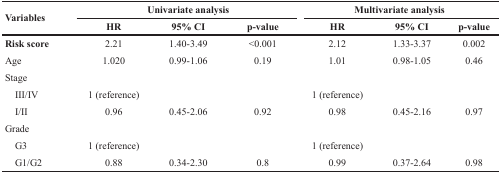
<table><thead><tr><td rowspan="2"><b>Variables</b></td><td colspan="3"><b>Univariate analysis</b></td><td colspan="3"><b>Multivariate analysis</b></td></tr><tr><td><b>HR</b></td><td><b>95% CI</b></td><td><b>p-value</b></td><td><b>HR</b></td><td><b>95% CI</b></td><td><b>p-value</b></td></tr></thead><tbody><tr><td><b>Risk score</b></td><td>2.21</td><td>1.40-3.49</td><td>&lt;0.001</td><td>2.12</td><td>1.33-3.37</td><td>0.002</td></tr><tr><td>Age</td><td>1.020</td><td>0.99-1.06</td><td>0.19</td><td>1.01</td><td>0.98-1.05</td><td>0.46</td></tr><tr><td>Stage</td><td></td><td></td><td></td><td></td><td></td><td></td></tr><tr><td> III/IV</td><td>1 (reference)</td><td></td><td></td><td>1 (reference)</td><td></td><td></td></tr><tr><td> I/II</td><td>0.96</td><td>0.45-2.06</td><td>0.92</td><td>0.98</td><td>0.45-2.16</td><td>0.97</td></tr><tr><td>Grade</td><td></td><td></td><td></td><td></td><td></td><td></td></tr><tr><td> G3</td><td>1 (reference)</td><td></td><td></td><td>1 (reference)</td><td></td><td></td></tr><tr><td> G1/G2</td><td>0.88</td><td>0.34-2.30</td><td>0.8</td><td>0.99</td><td>0.37-2.64</td><td>0.98</td></tr></tbody></table>